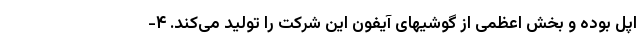
اپل بوده و بخش اعظمی از گوشیهای آیفون این شرکت را تولید می‌کند. ۴-